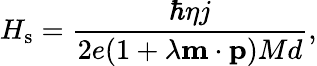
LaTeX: H_{\mathrm{s}}=\frac{\hbar\eta j}{2e(1+\lambda\mathbf{m}\cdot\mathbf{p})Md},